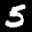
Label: 5